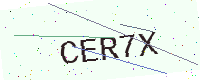
Text: CER7X